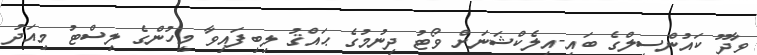
ވާދޫ ކައުންސިލްގެ ބައި-އިލެކްޝަނަށް ވޯޓު ދިނުމުގެ ޙައްޤު ލިބިފައިވާ މީހުންގެ ލިސްޓު މިއަދު